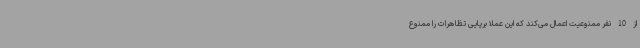
از 10 نفر ممنوعیت اعمال می‌کند که این عملا برپایی تظاهرات را ممنوع